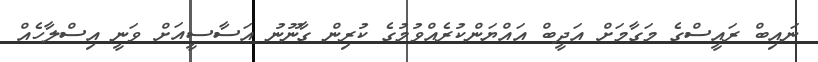
ނައިބް ރައީސްގެ މަގާމަށް އަދީބް އައްޔަންކުރެއްވުމުގެ ކުރިން ގާނޫނު އަސާސީއަށް ވަނީ އިސްލާހެއް